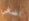
اضافي